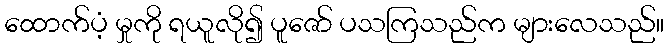
ထောက်ပံ့ မှုကို ရယူလို၍ ပူဇော် ပသကြသည်က များလေသည်။